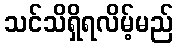
သင်သိရှိရလိမ့်မည်